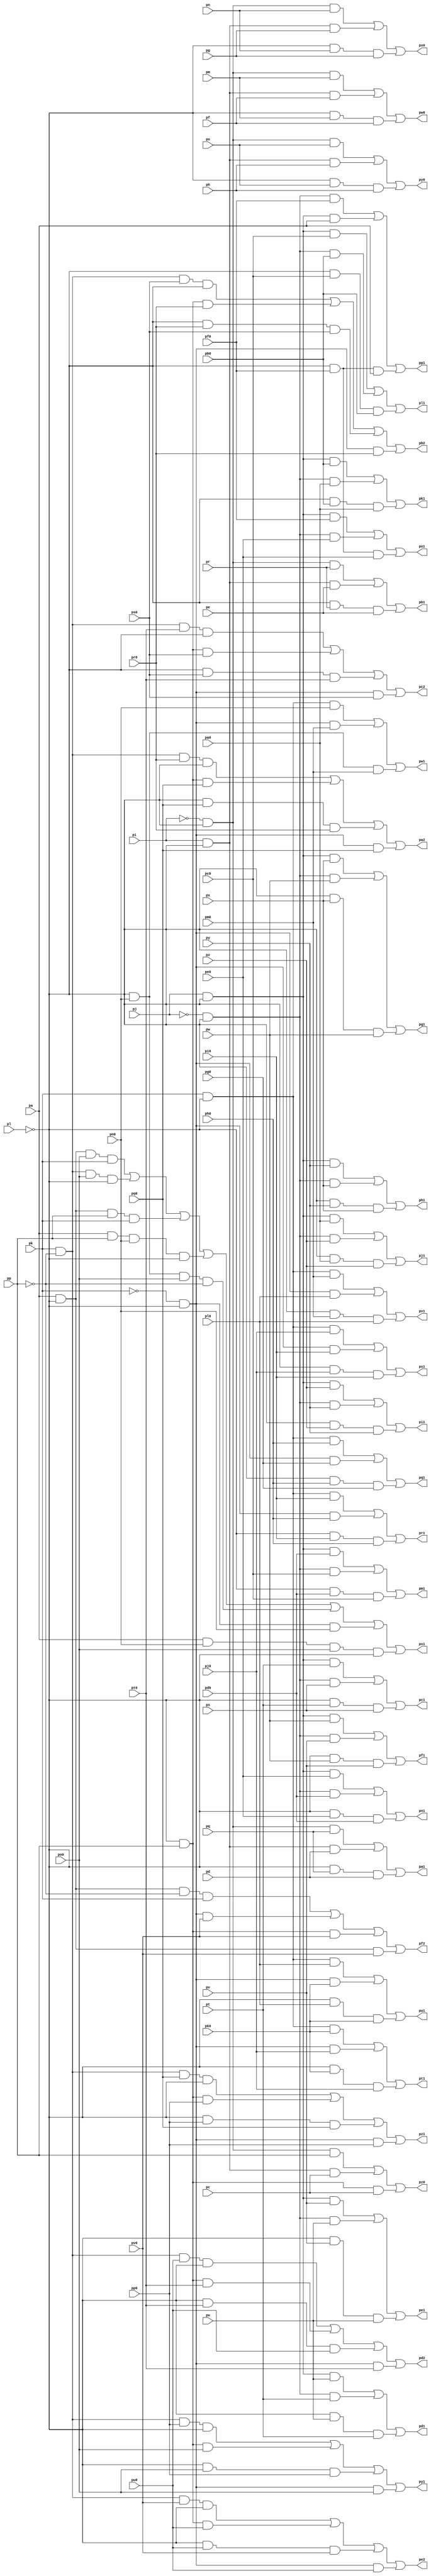
// Benchmark "top" written by ABC on Fri Mar 31 12:06:49 2023

module top ( 
    pp, pa0, pq, pb0, pr, pc0, ps, pd0, pt, pe0, pu, pf0, pv, pg0, pw, ph0,
    px, pi0, py, pj0, pz, pk0, pl0, pm0, pn0, po0, pp0, pa, pq0, pr0, pc,
    ps0, pd, pt0, pe, pu0, pf, pv0, pg, ph, pi, pj, pk, pl, pm, pn, po,
    pa1, pb2, pc2, pc1, pa2, pb1, pe1, pf2, pd1, pd2, pg1, pe2, pf1, pi1,
    ph1, pk1, pj1, pm1, pl1, po1, pn1, pq1, pp1, ps1, pr1, pu1, pt1, pw1,
    pv1, pw0, px0, py1, px1, py0, pz0, pz1  );
  input  pp, pa0, pq, pb0, pr, pc0, ps, pd0, pt, pe0, pu, pf0, pv, pg0,
    pw, ph0, px, pi0, py, pj0, pz, pk0, pl0, pm0, pn0, po0, pp0, pa, pq0,
    pr0, pc, ps0, pd, pt0, pe, pu0, pf, pv0, pg, ph, pi, pj, pk, pl, pm,
    pn, po;
  output pa1, pb2, pc2, pc1, pa2, pb1, pe1, pf2, pd1, pd2, pg1, pe2, pf1, pi1,
    ph1, pk1, pj1, pm1, pl1, po1, pn1, pq1, pp1, ps1, pr1, pu1, pt1, pw1,
    pv1, pw0, px0, py1, px1, py0, pz0, pz1;
  wire new_np_, new_na0_, new_nq_, new_nb0_, new_nr_, new_nc0_, new_ns_,
    new_nd0_, new_nt_, new_ne0_, new_nu_, new_nf0_, new_nv_, new_ng0_,
    new_nw_, new_nh0_, new_nx_, new_ni0_, new_ny_, new_nj0_, new_nz_,
    new_nk0_, new_nl0_, new_nm0_, new_nn0_, new_no0_, new_np0_, new_na_,
    new_nq0_, new_nr0_, new_nc_, new_ns0_, new_nd_, new_nt0_, new_ne_,
    new_nu0_, new_nf_, new_nv0_, new_ng_, new_nh_, new_ni_, new_nj_,
    new_nk_, new_nl_, new_nm_, new_nn_, new_no_, new_n_n124_, new_nz0_,
    new_n_n107_, new_n_n99_, new_n_n91_, new_nk1_, new_n_n123_,
    new_n_n116_, new_nc1_, new_n_n100_, new_n_n90_, new_n_n83_,
    new_n_n106_, new_nf1_, new_n_n92_, new_n_n84_, new_n_n105_, new_n_n98_,
    new_nh1_, new_n_n85_, new_n_n104_, new_n_n96_, new_n_n88_, new_nl1_,
    new_nf2_, new_nd1_, new_n_n97_, new_n_n87_, new_n_n80_, new_n_n103_,
    new_ng1_, new_n_n89_, new_n_n81_, new_n_n102_, new_n_n95_, new_ni1_,
    new_n_n82_, new_n_n118_, new_nb1_, new_n_n5_, new_n_n117_, new_n_n110_,
    new_n_n6_, new_nw0_, new_n_n119_, new_n_n111_, new_n_n7_, new_ny0_,
    new_n_n112_, new_n_n8_, new_n_n121_, new_na1_, new_n_n94_, new_nj1_,
    new_n_n1_, new_n_n120_, new_n_n113_, new_n_n93_, new_n_n86_, new_n_n2_,
    new_n_n122_, new_n_n114_, new_n_n109_, new_ne1_, new_n_n3_, new_nx0_,
    new_n_n115_, new_n_n108_, new_n_n101_, new_n_n4_, new_n_n75_,
    new_n_n67_, new_ns1_, new_n_n50_, new_n_n42_, new_n_n76_, new_n_n66_,
    new_n_n59_, new_nv1_, new_n_n43_, new_nm1_, new_n_n65_, new_n_n57_,
    new_n_n52_, new_nx1_, new_n_n77_, new_nq1_, new_n_n58_, new_n_n51_,
    new_n_n44_, new_n_n0_, new_n_n78_, new_n_n36_, new_n_n27_, new_n_n18_,
    new_n_n9_, new_n_n79_, new_n_n35_, new_n_n28_, new_n_n17_, new_n_n10_,
    new_n_n34_, new_n_n25_, new_n_n20_, new_n_n11_, new_n_n33_, new_n_n26_,
    new_n_n19_, new_n_n12_, new_n_n56_, new_n_n48_, new_n_n39_, new_n_n30_,
    new_n_n21_, new_ne2_, new_nt1_, new_n_n49_, new_n_n38_, new_n_n31_,
    new_nc2_, new_n_n13_, new_n_n71_, new_n_n63_, new_n_n37_, new_na2_,
    new_n_n23_, new_n_n14_, new_no1_, new_n_n64_, new_ny1_, new_n_n29_,
    new_n_n22_, new_n_n15_, new_n_n72_, new_n_n70_, new_nr1_, new_n_n53_,
    new_n_n45_, new_nb2_, new_n_n16_, new_n_n73_, new_n_n69_, new_n_n62_,
    new_nu1_, new_n_n46_, new_n_n24_, new_nd2_, new_nn1_, new_n_n68_,
    new_n_n60_, new_n_n55_, new_nw1_, new_n_n41_, new_n_n32_, new_n_n74_,
    new_np1_, new_n_n61_, new_n_n54_, new_n_n47_, new_n_n40_, new_nz1_;
  assign pa1 = new_na1_;
  assign pb2 = new_nb2_;
  assign new_np_ = pp;
  assign new_na0_ = pa0;
  assign pc2 = new_nc2_;
  assign new_nq_ = pq;
  assign new_nb0_ = pb0;
  assign pc1 = new_nc1_;
  assign new_nr_ = pr;
  assign pa2 = new_na2_;
  assign pb1 = new_nb1_;
  assign new_nc0_ = pc0;
  assign new_ns_ = ps;
  assign new_nd0_ = pd0;
  assign pe1 = new_ne1_;
  assign pf2 = new_nf2_;
  assign new_nt_ = pt;
  assign pd1 = new_nd1_;
  assign new_ne0_ = pe0;
  assign new_nu_ = pu;
  assign pd2 = new_nd2_;
  assign new_nf0_ = pf0;
  assign pg1 = new_ng1_;
  assign new_nv_ = pv;
  assign pe2 = new_ne2_;
  assign pf1 = new_nf1_;
  assign new_ng0_ = pg0;
  assign new_nw_ = pw;
  assign new_nh0_ = ph0;
  assign pi1 = new_ni1_;
  assign new_nx_ = px;
  assign ph1 = new_nh1_;
  assign new_ni0_ = pi0;
  assign new_ny_ = py;
  assign new_nj0_ = pj0;
  assign pk1 = new_nk1_;
  assign new_nz_ = pz;
  assign pj1 = new_nj1_;
  assign new_nk0_ = pk0;
  assign new_nl0_ = pl0;
  assign pm1 = new_nm1_;
  assign pl1 = new_nl1_;
  assign new_nm0_ = pm0;
  assign new_nn0_ = pn0;
  assign po1 = new_no1_;
  assign pn1 = new_nn1_;
  assign new_no0_ = po0;
  assign new_np0_ = pp0;
  assign pq1 = new_nq1_;
  assign new_na_ = pa;
  assign pp1 = new_np1_;
  assign new_nq0_ = pq0;
  assign new_nr0_ = pr0;
  assign ps1 = new_ns1_;
  assign new_nc_ = pc;
  assign pr1 = new_nr1_;
  assign new_ns0_ = ps0;
  assign new_nd_ = pd;
  assign new_nt0_ = pt0;
  assign pu1 = new_nu1_;
  assign new_ne_ = pe;
  assign pt1 = new_nt1_;
  assign new_nu0_ = pu0;
  assign new_nf_ = pf;
  assign new_nv0_ = pv0;
  assign pw1 = new_nw1_;
  assign new_ng_ = pg;
  assign pv1 = new_nv1_;
  assign pw0 = new_nw0_;
  assign new_nh_ = ph;
  assign px0 = new_nx0_;
  assign py1 = new_ny1_;
  assign new_ni_ = pi;
  assign px1 = new_nx1_;
  assign py0 = new_ny0_;
  assign new_nj_ = pj;
  assign pz0 = new_nz0_;
  assign new_nk_ = pk;
  assign pz1 = new_nz1_;
  assign new_nl_ = pl;
  assign new_nm_ = pm;
  assign new_nn_ = pn;
  assign new_no_ = po;
  assign new_n_n124_ = new_n_n0_ & new_n_n4_ & new_nm_;
  assign new_nz0_ = new_n_n115_ | new_n_n114_ | new_n_n113_;
  assign new_n_n107_ = new_n_n4_ & new_nr_ & new_ne_;
  assign new_n_n99_ = new_n_n1_ & new_n_n4_ & new_nu_;
  assign new_n_n91_ = new_nj_ & new_n_n4_ & new_ny_;
  assign new_nk1_ = new_n_n82_ | new_n_n81_ | new_n_n80_;
  assign new_n_n123_ = new_ni_ & new_n_n4_ & new_nf_;
  assign new_n_n116_ = new_n_n4_ & new_no_ & new_nh_;
  assign new_nc1_ = new_n_n106_ | new_n_n105_ | new_n_n104_;
  assign new_n_n100_ = new_nj_ & new_n_n4_ & new_nv_;
  assign new_n_n90_ = new_n_n1_ & new_n_n4_ & new_nx_;
  assign new_n_n83_ = new_n_n4_ & new_na0_ & new_nz_;
  assign new_n_n106_ = new_nj_ & new_n_n4_ & new_nt_;
  assign new_nf1_ = new_n_n97_ | new_n_n96_ | new_n_n95_;
  assign new_n_n92_ = new_n_n4_ & new_nx_ & new_nw_;
  assign new_n_n84_ = new_n_n1_ & new_n_n4_ & new_nz_;
  assign new_n_n105_ = new_n_n1_ & new_n_n4_ & new_ns_;
  assign new_n_n98_ = new_n_n4_ & new_nv_ & new_nu_;
  assign new_nh1_ = new_n_n91_ | new_n_n90_ | new_n_n89_;
  assign new_n_n85_ = new_nj_ & new_n_n4_ & new_na0_;
  assign new_n_n104_ = new_n_n4_ & new_nt_ & new_ns_;
  assign new_n_n96_ = new_n_n1_ & new_n_n4_ & new_nv_;
  assign new_n_n88_ = new_nj_ & new_n_n4_ & new_nz_;
  assign new_nl1_ = new_n_n79_ | new_n_n78_ | new_n_n77_;
  assign new_nf2_ = new_n_n5_ | new_n_n7_ | new_n_n6_ | new_n_n8_;
  assign new_nd1_ = new_n_n103_ | new_n_n102_ | new_n_n101_;
  assign new_n_n97_ = new_nj_ & new_n_n4_ & new_nw_;
  assign new_n_n87_ = new_n_n1_ & new_n_n4_ & new_ny_;
  assign new_n_n80_ = new_n_n4_ & new_nb0_ & new_na0_;
  assign new_n_n103_ = new_nj_ & new_n_n4_ & new_nu_;
  assign new_ng1_ = new_n_n94_ | new_n_n93_ | new_n_n92_;
  assign new_n_n89_ = new_n_n4_ & new_ny_ & new_nx_;
  assign new_n_n81_ = new_n_n1_ & new_n_n4_ & new_na0_;
  assign new_n_n102_ = new_n_n1_ & new_n_n4_ & new_nt_;
  assign new_n_n95_ = new_n_n4_ & new_nw_ & new_nv_;
  assign new_ni1_ = new_n_n88_ | new_n_n87_ | new_n_n86_;
  assign new_n_n82_ = new_nj_ & new_n_n4_ & new_nb0_;
  assign new_n_n118_ = new_n_n0_ & new_n_n4_ & new_no_;
  assign new_nb1_ = new_n_n109_ | new_n_n108_ | new_n_n107_;
  assign new_n_n5_ = new_na_ & new_n_n4_ & new_n_n3_ & new_nk_;
  assign new_n_n117_ = new_ni_ & new_n_n4_ & new_nh_;
  assign new_n_n110_ = new_n_n4_ & new_nq_ & new_nd_;
  assign new_n_n6_ = new_n_n4_ & new_np_ & new_nv0_;
  assign new_nw0_ = new_n_n124_ | new_n_n123_ | new_n_n122_;
  assign new_n_n119_ = new_n_n4_ & new_nn_ & new_ng_;
  assign new_n_n111_ = new_ni_ & new_n_n4_ & new_nd_;
  assign new_n_n7_ = new_n_n2_ & new_n_n4_ & new_nv0_;
  assign new_ny0_ = new_n_n118_ | new_n_n117_ | new_n_n116_;
  assign new_n_n112_ = new_n_n0_ & new_n_n4_ & new_nq_;
  assign new_n_n8_ = new_na_ & new_n_n4_ & new_nv0_;
  assign new_n_n121_ = new_n_n0_ & new_n_n4_ & new_nn_;
  assign new_na1_ = new_n_n112_ | new_n_n111_ | new_n_n110_;
  assign new_n_n94_ = new_nj_ & new_n_n4_ & new_nx_;
  assign new_nj1_ = new_n_n85_ | new_n_n84_ | new_n_n83_;
  assign new_n_n1_ = ~new_nj_;
  assign new_n_n120_ = new_ni_ & new_n_n4_ & new_ng_;
  assign new_n_n113_ = new_n_n4_ & new_np_ & new_nc_;
  assign new_n_n93_ = new_n_n1_ & new_n_n4_ & new_nw_;
  assign new_n_n86_ = new_n_n4_ & new_nz_ & new_ny_;
  assign new_n_n2_ = ~new_nk_;
  assign new_n_n122_ = new_n_n4_ & new_nm_ & new_nf_;
  assign new_n_n114_ = new_ni_ & new_n_n4_ & new_nc_;
  assign new_n_n109_ = new_n_n0_ & new_n_n4_ & new_nr_;
  assign new_ne1_ = new_n_n100_ | new_n_n99_ | new_n_n98_;
  assign new_n_n3_ = ~new_np_;
  assign new_nx0_ = new_n_n121_ | new_n_n120_ | new_n_n119_;
  assign new_n_n115_ = new_n_n0_ & new_n_n4_ & new_np_;
  assign new_n_n108_ = new_ni_ & new_n_n4_ & new_ne_;
  assign new_n_n101_ = new_n_n4_ & new_nu_ & new_nt_;
  assign new_n_n4_ = ~new_nl_;
  assign new_n_n75_ = new_n_n1_ & new_n_n4_ & new_nc0_;
  assign new_n_n67_ = new_n_n1_ & new_n_n4_ & new_nf0_;
  assign new_ns1_ = new_n_n58_ | new_n_n57_ | new_n_n56_;
  assign new_n_n50_ = new_n_n4_ & new_nl0_ & new_nk0_;
  assign new_n_n42_ = new_na_ & new_n_n4_ & new_np_ & new_nk_;
  assign new_n_n76_ = new_nj_ & new_n_n4_ & new_nd0_;
  assign new_n_n66_ = new_nj_ & new_n_n4_ & new_na_;
  assign new_n_n59_ = new_n_n4_ & new_ni0_ & new_nh0_;
  assign new_nv1_ = new_n_n49_ | new_n_n48_ | new_n_n47_;
  assign new_n_n43_ = new_n_n2_ & new_n_n4_ & new_nn0_;
  assign new_nm1_ = new_n_n76_ | new_n_n75_ | new_n_n74_;
  assign new_n_n65_ = new_n_n4_ & new_nf0_ & new_na_;
  assign new_n_n57_ = new_n_n2_ & new_n_n4_ & new_ni0_;
  assign new_n_n52_ = new_nk_ & new_n_n4_ & new_nl0_;
  assign new_nx1_ = new_n_n40_ | new_n_n39_ | new_n_n42_ | new_n_n41_ | new_n_n37_ | new_n_n43_ | new_n_n38_;
  assign new_n_n77_ = new_n_n4_ & new_nc0_ & new_nb0_;
  assign new_nq1_ = new_n_n64_ | new_n_n63_ | new_n_n62_;
  assign new_n_n58_ = new_nk_ & new_n_n4_ & new_nj0_;
  assign new_n_n51_ = new_n_n2_ & new_n_n4_ & new_nk0_;
  assign new_n_n44_ = new_n_n4_ & new_nn0_ & new_nm0_;
  assign new_n_n0_ = ~new_ni_;
  assign new_n_n78_ = new_n_n1_ & new_n_n4_ & new_nb0_;
  assign new_n_n36_ = new_n_n2_ & new_n_n4_ & new_no0_;
  assign new_n_n27_ = new_n_n4_ & new_np_ & new_nq0_;
  assign new_n_n18_ = new_n_n4_ & new_ns0_ & new_nt0_;
  assign new_n_n9_ = new_nk_ & new_n_n3_ & new_nv0_ & new_n_n4_;
  assign new_n_n79_ = new_nj_ & new_n_n4_ & new_nc0_;
  assign new_n_n35_ = new_n_n4_ & new_np_ & new_no0_;
  assign new_n_n28_ = new_n_n2_ & new_n_n4_ & new_nq0_;
  assign new_n_n17_ = new_nk_ & new_n_n3_ & new_nt0_ & new_n_n4_;
  assign new_n_n10_ = new_n_n4_ & new_nu0_ & new_nv0_;
  assign new_n_n34_ = new_n_n4_ & new_no0_ & new_np0_;
  assign new_n_n25_ = new_nk_ & new_n_n3_ & new_nr0_ & new_n_n4_;
  assign new_n_n20_ = new_n_n2_ & new_n_n4_ & new_ns0_;
  assign new_n_n11_ = new_n_n4_ & new_np_ & new_nu0_;
  assign new_n_n33_ = new_nk_ & new_n_n3_ & new_np0_ & new_n_n4_;
  assign new_n_n26_ = new_n_n4_ & new_nq0_ & new_nr0_;
  assign new_n_n19_ = new_n_n4_ & new_np_ & new_ns0_;
  assign new_n_n12_ = new_n_n2_ & new_n_n4_ & new_nu0_;
  assign new_n_n56_ = new_n_n4_ & new_nj0_ & new_ni0_;
  assign new_n_n48_ = new_n_n2_ & new_n_n4_ & new_nl0_;
  assign new_n_n39_ = new_nk_ & new_n_n3_ & new_no0_ & new_n_n4_;
  assign new_n_n30_ = new_n_n4_ & new_np0_ & new_nq0_;
  assign new_n_n21_ = new_nk_ & new_n_n3_ & new_ns0_ & new_n_n4_;
  assign new_ne2_ = new_n_n9_ | new_n_n11_ | new_n_n10_ | new_n_n12_;
  assign new_nt1_ = new_n_n55_ | new_n_n54_ | new_n_n53_;
  assign new_n_n49_ = new_nk_ & new_n_n4_ & new_nm0_;
  assign new_n_n38_ = new_na_ & new_nn0_ & new_no0_ & new_n_n4_;
  assign new_n_n31_ = new_n_n4_ & new_np_ & new_np0_;
  assign new_nc2_ = new_n_n17_ | new_n_n19_ | new_n_n18_ | new_n_n20_;
  assign new_n_n13_ = new_nk_ & new_n_n3_ & new_nu0_ & new_n_n4_;
  assign new_n_n71_ = new_n_n4_ & new_ne0_ & new_nd0_;
  assign new_n_n63_ = new_n_n2_ & new_n_n4_ & new_ng0_;
  assign new_n_n37_ = new_n_n4_ & new_nn0_ & new_no0_ & new_n_n3_;
  assign new_na2_ = new_n_n25_ | new_n_n27_ | new_n_n26_ | new_n_n28_;
  assign new_n_n23_ = new_n_n4_ & new_np_ & new_nr0_;
  assign new_n_n14_ = new_n_n4_ & new_nt0_ & new_nu0_;
  assign new_no1_ = new_n_n70_ | new_n_n69_ | new_n_n68_;
  assign new_n_n64_ = new_nk_ & new_n_n4_ & new_nh0_;
  assign new_ny1_ = new_n_n33_ | new_n_n35_ | new_n_n34_ | new_n_n36_;
  assign new_n_n29_ = new_nk_ & new_n_n3_ & new_nq0_ & new_n_n4_;
  assign new_n_n22_ = new_n_n4_ & new_nr0_ & new_ns0_;
  assign new_n_n15_ = new_n_n4_ & new_np_ & new_nt0_;
  assign new_n_n72_ = new_n_n1_ & new_n_n4_ & new_nd0_;
  assign new_n_n70_ = new_nj_ & new_n_n4_ & new_nf0_;
  assign new_nr1_ = new_n_n61_ | new_n_n60_ | new_n_n59_;
  assign new_n_n53_ = new_n_n4_ & new_nk0_ & new_nj0_;
  assign new_n_n45_ = new_n_n2_ & new_n_n4_ & new_nm0_;
  assign new_nb2_ = new_n_n21_ | new_n_n23_ | new_n_n22_ | new_n_n24_;
  assign new_n_n16_ = new_n_n2_ & new_n_n4_ & new_nt0_;
  assign new_n_n73_ = new_nj_ & new_n_n4_ & new_ne0_;
  assign new_n_n69_ = new_n_n1_ & new_n_n4_ & new_ne0_;
  assign new_n_n62_ = new_n_n4_ & new_nh0_ & new_ng0_;
  assign new_nu1_ = new_n_n52_ | new_n_n51_ | new_n_n50_;
  assign new_n_n46_ = new_nk_ & new_n_n4_ & new_nn0_;
  assign new_n_n24_ = new_n_n2_ & new_n_n4_ & new_nr0_;
  assign new_nd2_ = new_n_n13_ | new_n_n15_ | new_n_n14_ | new_n_n16_;
  assign new_nn1_ = new_n_n73_ | new_n_n72_ | new_n_n71_;
  assign new_n_n68_ = new_n_n4_ & new_nf0_ & new_ne0_;
  assign new_n_n60_ = new_n_n2_ & new_n_n4_ & new_nh0_;
  assign new_n_n55_ = new_nk_ & new_n_n4_ & new_nk0_;
  assign new_nw1_ = new_n_n46_ | new_n_n45_ | new_n_n44_;
  assign new_n_n41_ = new_na_ & new_np_ & new_nn0_ & new_n_n4_;
  assign new_n_n32_ = new_n_n2_ & new_n_n4_ & new_np0_;
  assign new_n_n74_ = new_n_n4_ & new_nd0_ & new_nc0_;
  assign new_np1_ = new_n_n67_ | new_n_n66_ | new_n_n65_;
  assign new_n_n61_ = new_nk_ & new_n_n4_ & new_ni0_;
  assign new_n_n54_ = new_n_n2_ & new_n_n4_ & new_nj0_;
  assign new_n_n47_ = new_n_n4_ & new_nm0_ & new_nl0_;
  assign new_n_n40_ = new_na_ & new_n_n4_ & new_no0_ & new_nk_;
  assign new_nz1_ = new_n_n29_ | new_n_n31_ | new_n_n30_ | new_n_n32_;
endmodule